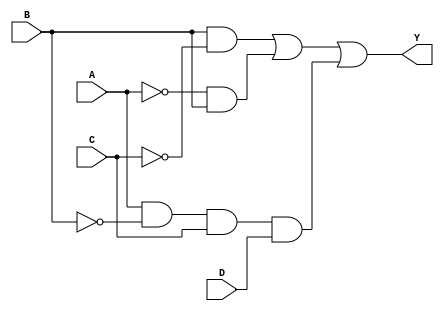


  `timescale 10ns / 1ns
  
  module comb_Y2(output Y, input A, B, C, D);
    
    assign Y = (B & ~C) | (~A & B) | (A & ~B & C & D);
    
 endmodule